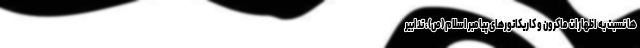
ها نسبت به اظهارات ماکرون و کاریکاتورهای پیامبر اسلام (ص)، تدابیر